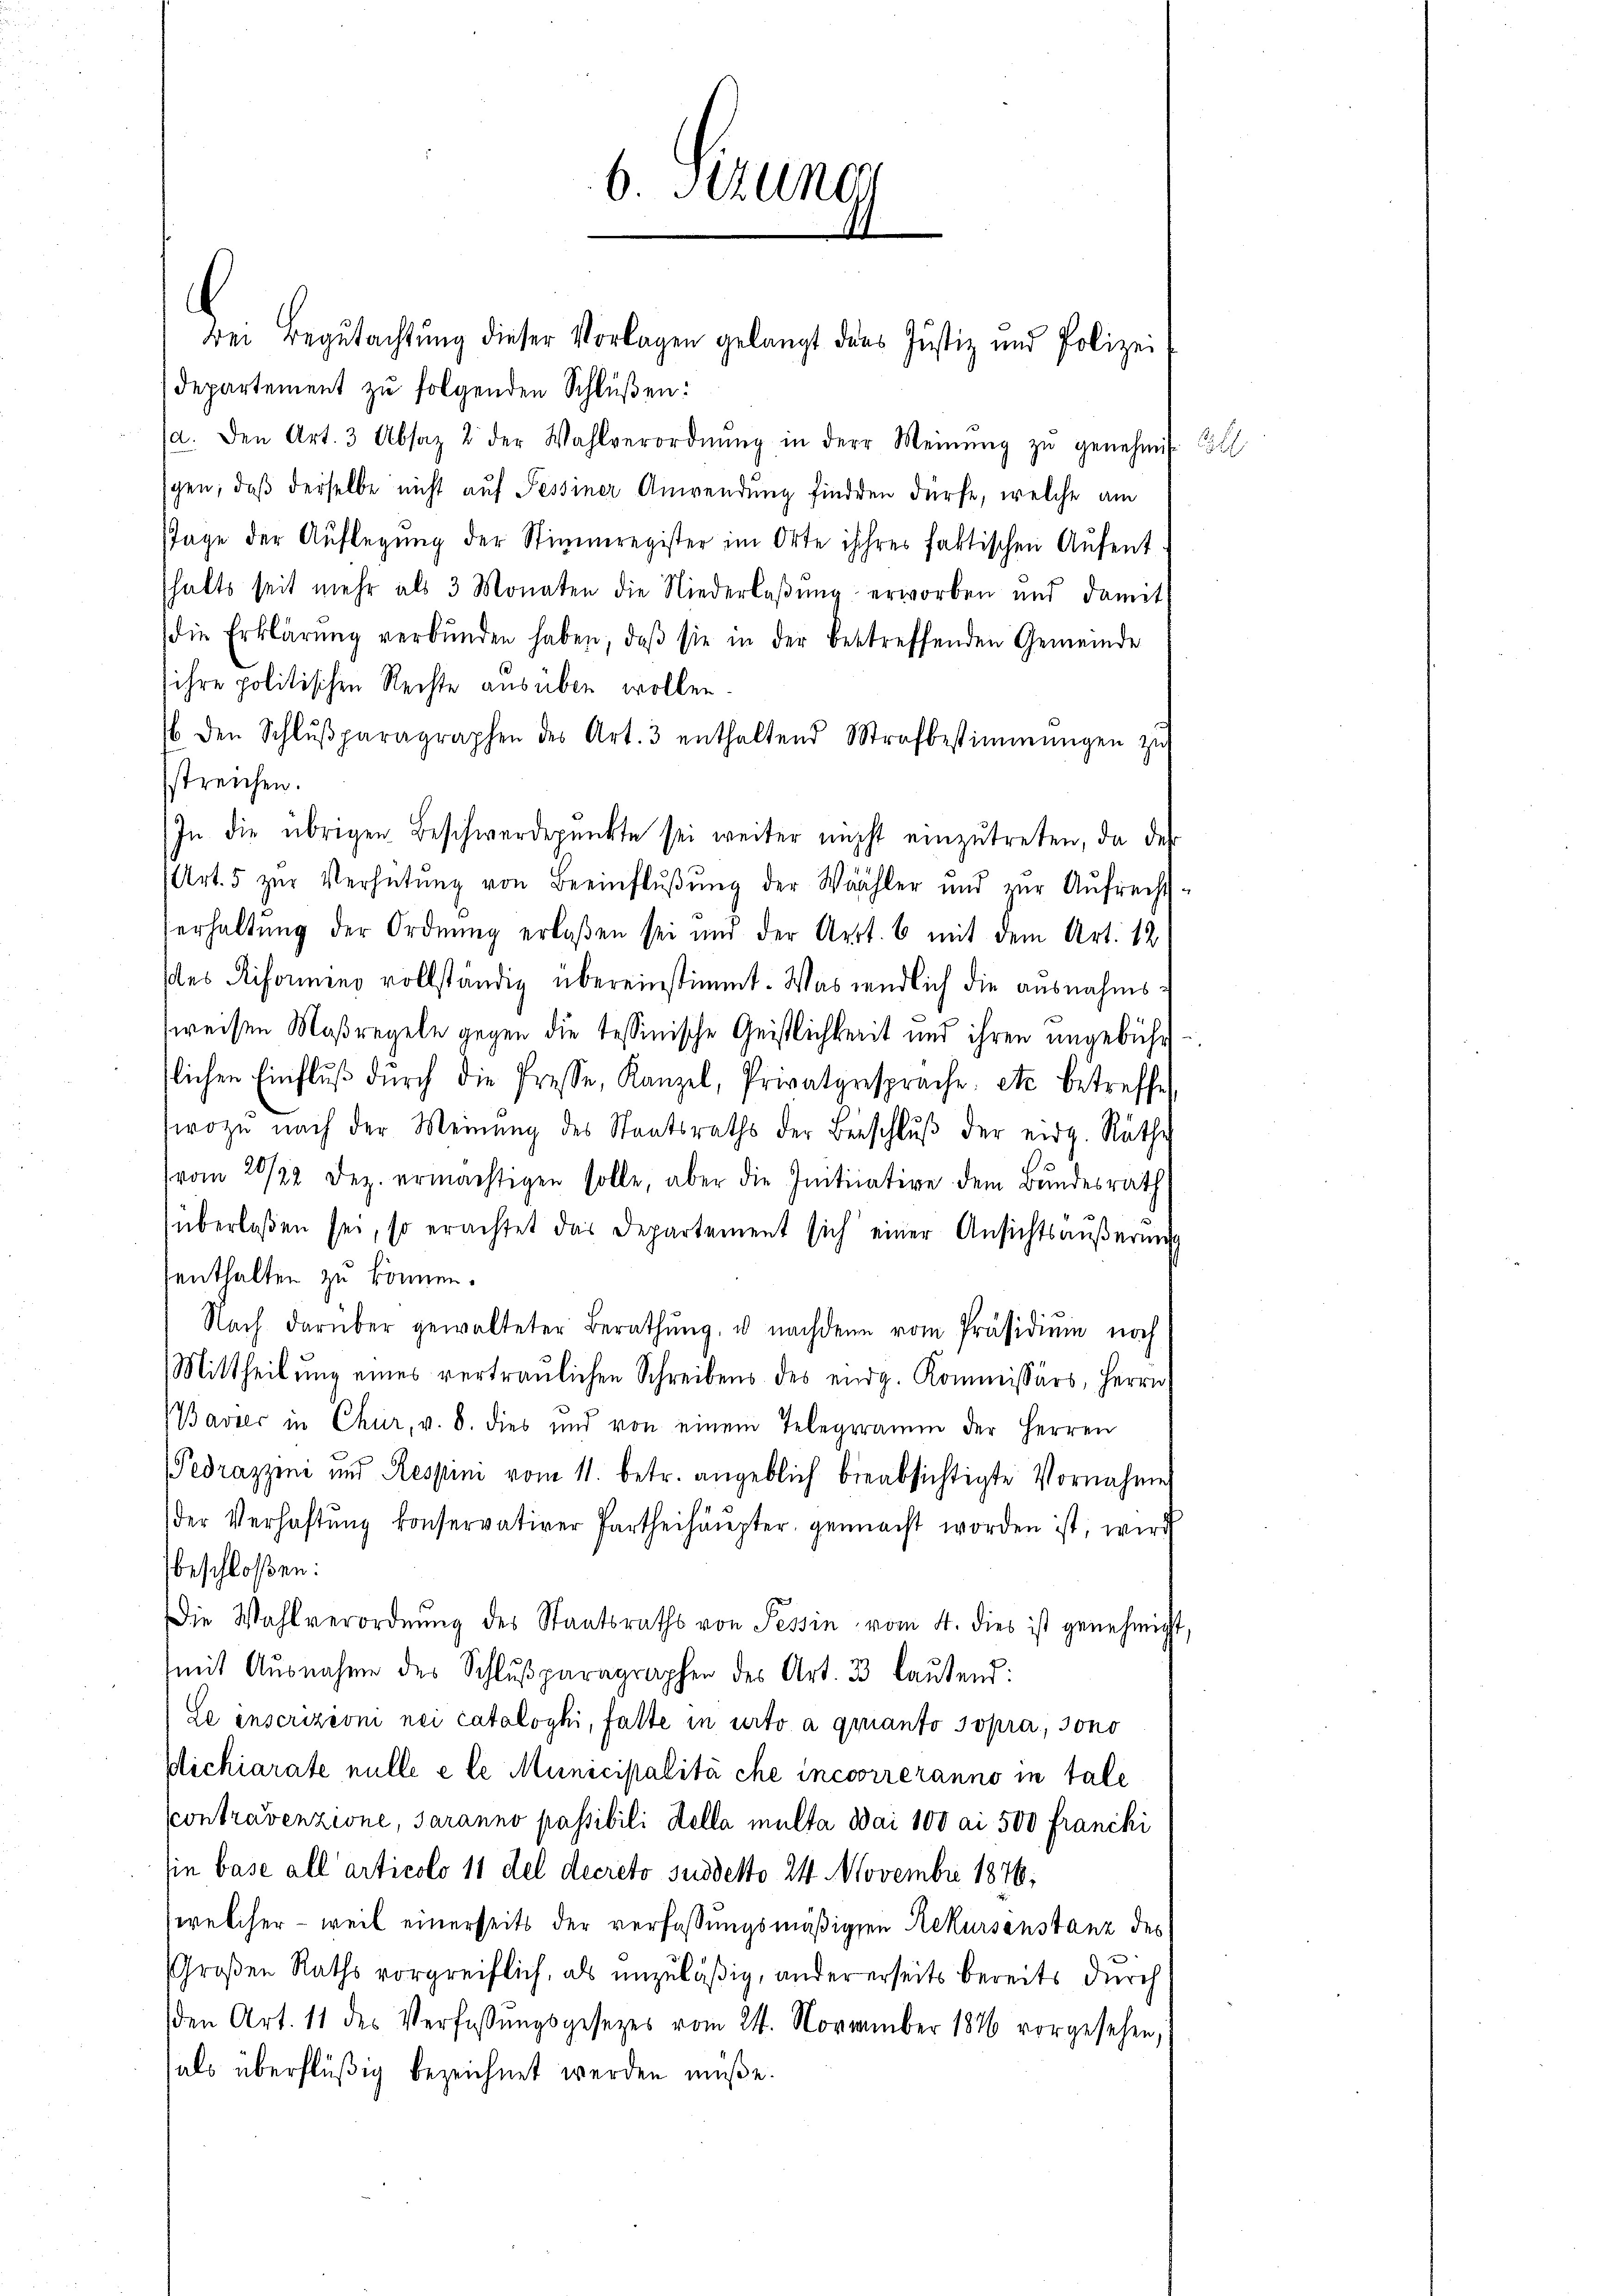
.
Bei Begutachtŭng dieser Vorlagen gelangt dans Justiz und Polizei
Departement zu folgenden Schlüßen:
(a. den Art. 3 Absaz 2 der Wahlverordnŭng in der Meinŭng zŭ genehmis Coll
gen, daß derselbe nicht auf Tessiner Anwendung finden dürfe, welche am
Tage der Auflegung der Stimmregister im Orte ihres faktischen Aufent
halts seit mehr als 3 Monaten die Niederlaβŭng erworben und damit
die Erklärŭng verbunden haben, daβ sie in der betreffenden Gemeinde
ihre politischen Rechte ausüben wollen.
 den Schlŭβparagraphen des Art. 3 enthaltend Strafbestimmungen zŭ
streichen.
In die übrigen Beschwerdepŭnkte sei weiter nicht einzŭtreten, da der
Art. 5 zŭr Verhütŭng von Beeinflŭβŭng der Wähler und zŭr Aŭfrecht-
Verhaltung der Ordnung erlaßen sei und der Arrt. 6 mit dem Art. 12
(des Riformeno vollständig übereinstimmt. Was endlich die ausnahms
weisen Maßregeln gegen die tessinische Geistlichkeit und ihren ungebühr
lichen Einflŭβ dŭrch die Presse, Kanzel, Privatgesprache: etc. betreffe
swozu nach der Meinŭng des Staatsraths der Beschlŭβ der eidg. Räthe
vom 20/22. Dez. ermächtigen solle, aber die Initiative dem Bŭndesrath
überlassen sei, so erachtet das Departement sich einer Ansichtsäŭβerŭng
enthalten zu können.
Nach darüber gewalteter Berathŭng, u nachdem vom Präsidiŭm noch
Mittheilŭng eines vertraulichen Schreibens des eidg. Kommissärs, Herrn
Bavier in Chur, v. 8. dies und von einem Telegramm der Herren
Pedrazzini und Respini vom 11. betr. angeblich beabsichtigte Vornahme
der Verhaftŭng konservativer Partheihäupter gemacht worden ist, wird
beschloßen:
ie Wahlverordnŭng des Staatsraths von Tessin vom 4. dies ist genehmigt,
(mit Ausnahme des Schlŭβparagraphen des Art. 33 laŭtend:
Le inscrizioni nei cataloyhi, falte in urto a quanto sopra, sono
Michiarate nulle e le Municipalità che incoorreranno in tale
contravenzione, saranno passibili Kelle multa Mai 100 ai 500 franchi
sin base all’ articolo 11 del decreto suddetto 24. Novembre 1876,
welcher – weil einerseits der verfassungsmäßigen Rekursenstanz des
Großen Raths vorgreiflich, als unzuläßig, andererseits bereits durch
den Art. 11 des Verfassŭngsgesezes vom 24. November 1846 vorgesehen,
hals überflüßig bezeichnet werden müße.

6. Stun
14